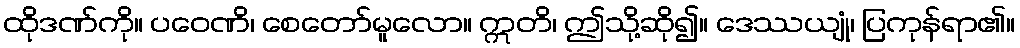
ထိုဒဏ်ကို။ ပဝေဏိ၊ စေတော်မူလော။ ဣတိ၊ ဤသို့ဆို၍။ ဒေဿယျုံ၊ ပြကုန်ရာ၏။